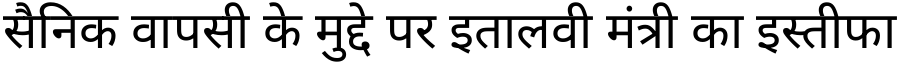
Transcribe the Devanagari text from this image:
सैनिक वापसी के मुद्दे पर इतालवी मंत्री का इस्तीफा